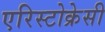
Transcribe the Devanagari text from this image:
एरिस्टोक्रेसी